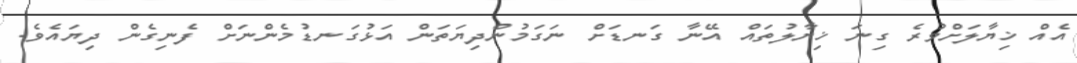
އެއް ޚިޔާލަށްވުރެ ގިނަ ޚިޔާލުތައް އޭނާ ގަނޑަށް ނަގަމުންދިޔަތަން އަޅުގަނޑުމެންނަށް ފެނިގެން ދިޔައެވެ.